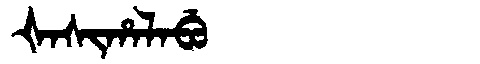
Manchu: ᡧᠠᠰᡳᡥᠠᠯᠠᠪᡠ
Romanization: ŠASIHALABU